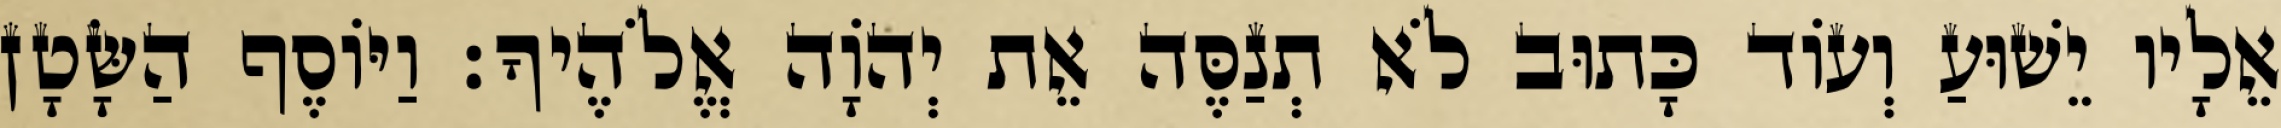
אֵלָיו יֵשׁוּעַ וְעוֹד כָּתוּב לֹא תְנַסֶּה אֵת יְהוָֹה אֱלֹהֶיךָ׃ וַיּוֹסֶף הַשָּׂטָן